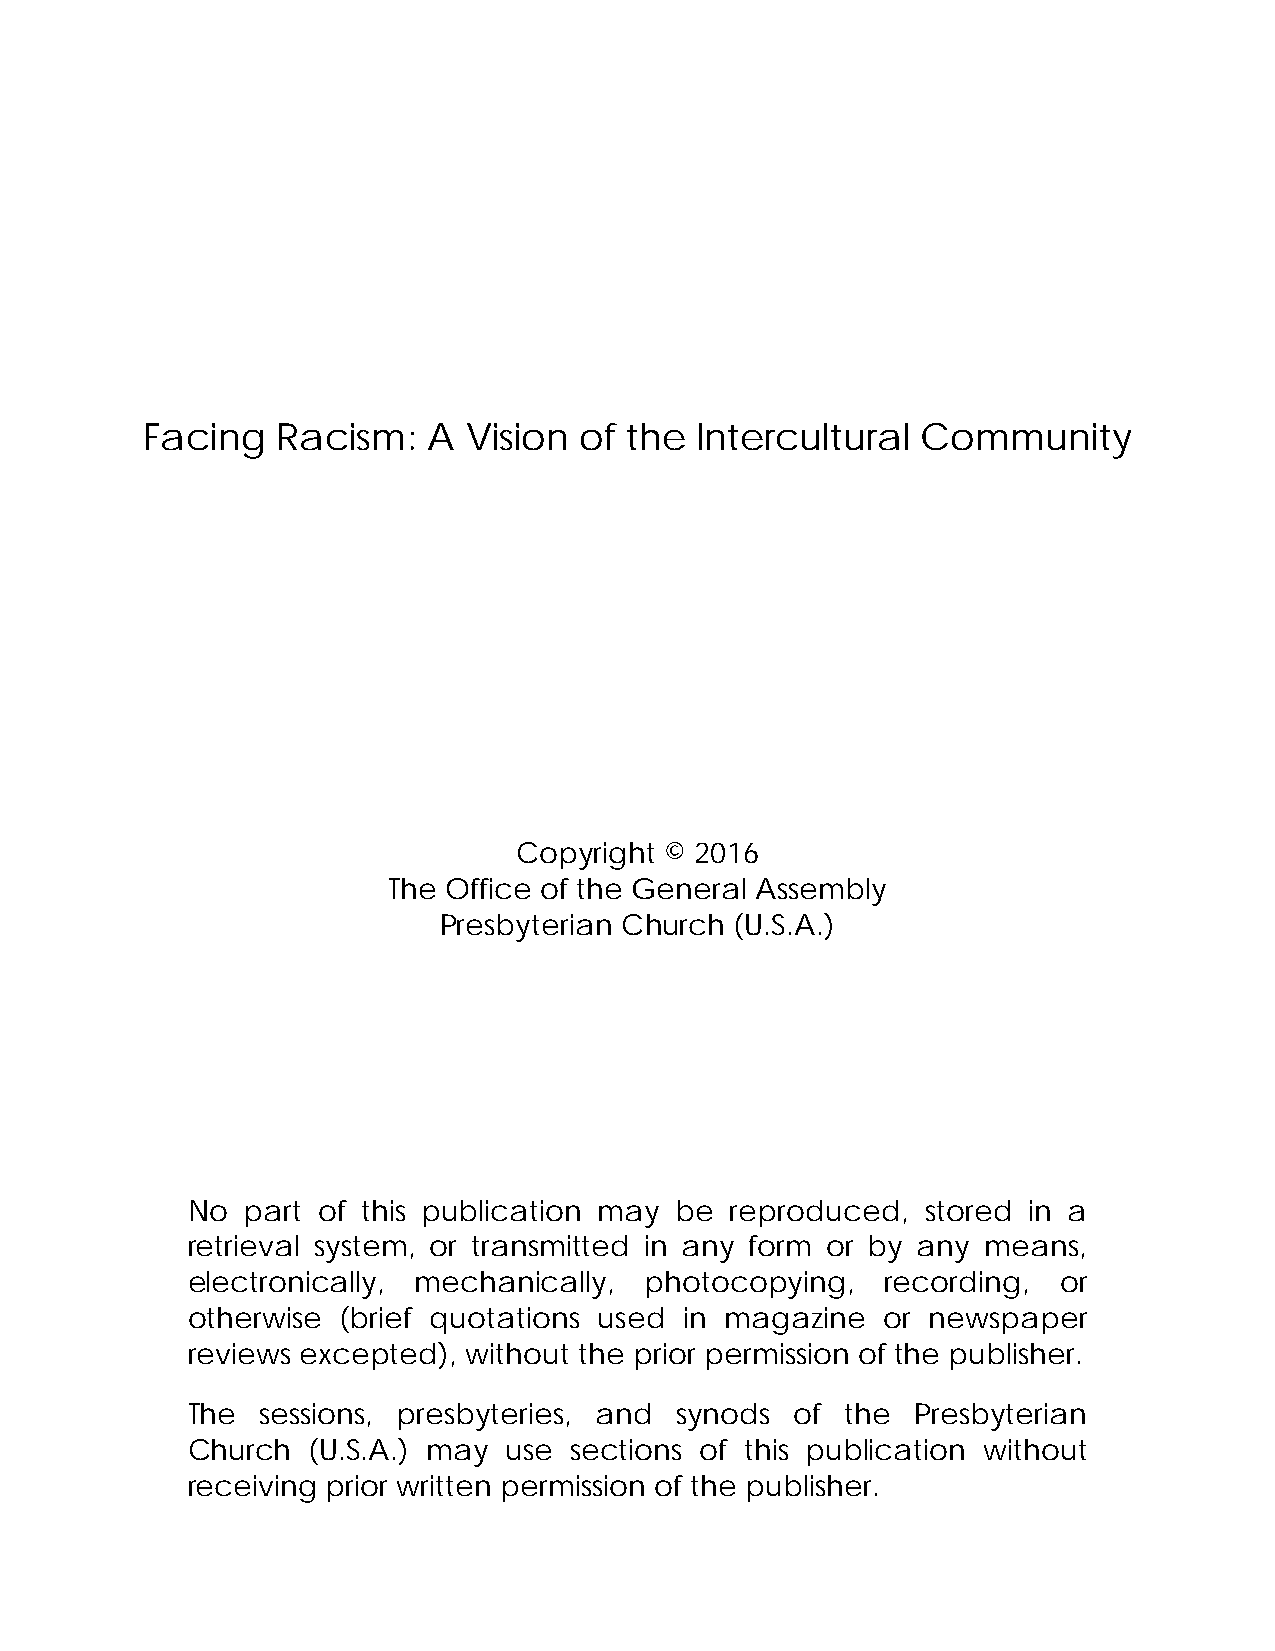
Facing   Racism:   A  Vision of the  Intercultural  Community
 Copyright © 2016
 The Office of the General Assembly
 Presbyterian Church (U.S.A.)
 No  part of this publication may be reproduced,  stored in a
 retrieval system, or transmitted in any form or by any means,
 electronically, mechanically,  photocopying,   recording, or
 otherwise (brief quotations used in magazine  or newspaper
 reviews excepted), without the prior permission of the publisher.
 The  sessions, presbyteries, and synods  of the  Presbyterian
 Church  (U.S.A.) may use  sections of this publication without
 receiving prior written permission of the publisher.